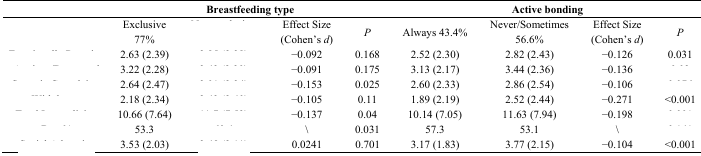
<table><thead><tr><td>[EMPTY_CELL]</td><td colspan="4"><b>Breastfeeding type</b></td><td colspan="4"><b>Active bonding</b></td></tr></thead><tbody><tr><td>[EMPTY_CELL]</td><td>Exclusive 77%</td><td>[EMPTY_CELL]</td><td>Effect Size (Cohen’s <i>d</i>)</td><td><i>P</i></td><td>Always 43.4%</td><td>Never/Sometimes 56.6%</td><td>Effect Size (Cohen’s <i>d</i>)</td><td><i>P</i></td></tr><tr><td>[EMPTY_CELL]</td><td>2.63 (2.39)</td><td>[EMPTY_CELL]</td><td>−0.092</td><td>0.168</td><td>2.52 (2.30)</td><td>2.82 (2.43)</td><td>−0.126</td><td>0.031</td></tr><tr><td>[EMPTY_CELL]</td><td>3.22 (2.28)</td><td>[EMPTY_CELL]</td><td>−0.091</td><td>0.175</td><td>3.13 (2.17)</td><td>3.44 (2.36)</td><td>−0.136</td><td>[EMPTY_CELL]</td></tr><tr><td>[EMPTY_CELL]</td><td>2.64 (2.47)</td><td>[EMPTY_CELL]</td><td>−0.153</td><td>0.025</td><td>2.60 (2.33)</td><td>2.86 (2.54)</td><td>−0.106</td><td>[EMPTY_CELL]</td></tr><tr><td>[EMPTY_CELL]</td><td>2.18 (2.34)</td><td>[EMPTY_CELL]</td><td>−0.105</td><td>0.11</td><td>1.89 (2.19)</td><td>2.52 (2.44)</td><td>−0.271</td><td>&lt;0.001</td></tr><tr><td>[EMPTY_CELL]</td><td>10.66 (7.64)</td><td>[EMPTY_CELL]</td><td>−0.137</td><td>0.04</td><td>10.14 (7.05)</td><td>11.63 (7.94)</td><td>−0.198</td><td>[EMPTY_CELL]</td></tr><tr><td>[EMPTY_CELL]</td><td>53.3</td><td>[EMPTY_CELL]</td><td>\</td><td>0.031</td><td>57.3</td><td>53.1</td><td>\</td><td>[EMPTY_CELL]</td></tr><tr><td>[EMPTY_CELL]</td><td>3.53 (2.03)</td><td>[EMPTY_CELL]</td><td>0.0241</td><td>0.701</td><td>3.17 (1.83)</td><td>3.77 (2.15)</td><td>−0.104</td><td>&lt;0.001</td></tr></tbody></table>